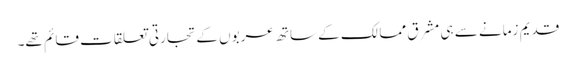
قدیم زمانے سے ہی مشرق ممالک کے ساتھ عربوں کے تجارتی تعلقات قائم تھے۔